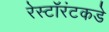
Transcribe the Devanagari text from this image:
रेस्टॉरंटकडे